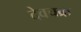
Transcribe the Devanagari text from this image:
देवचक्र